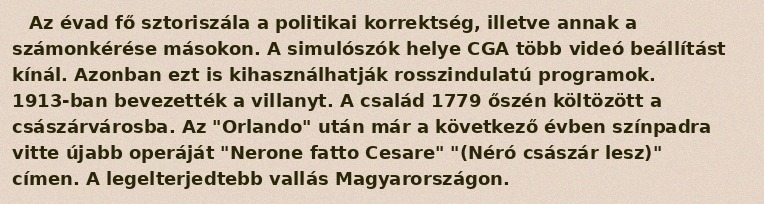
Az évad fő sztoriszála a politikai korrektség, illetve annak a számonkérése másokon. A simulószók helye CGA több videó beállítást kínál. Azonban ezt is kihasználhatják rosszindulatú programok. 1913-ban bevezették a villanyt. A család 1779 őszén költözött a császárvárosba. Az "Orlando" után már a következő évben színpadra vitte újabb operáját "Nerone fatto Cesare" "(Néró császár lesz)" címen. A legelterjedtebb vallás Magyarországon.